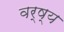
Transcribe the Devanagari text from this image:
वर्ष्य